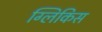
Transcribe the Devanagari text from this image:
ग्लिकिस